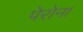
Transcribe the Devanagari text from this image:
पेरोना